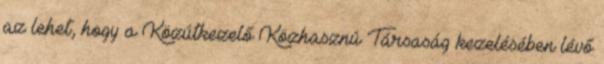
az lehet, hogy a Közútkezelő Közhasznú Társaság kezelésében lévő